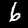
Label: 6